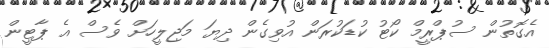
އެގޮތުން ސުޕްރީމް ކޯޓު ކުޑަކުރަން އުވިގެން ދިޔަ މަޖިލީހަށް ވެސް އެ ޕާޓީން